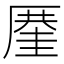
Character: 𠪤